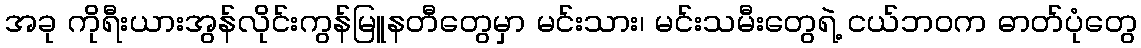
အခု ကိုရီးယားအွန်လိုင်းကွန်မြူနတီတွေမှာ မင်းသား၊ မင်းသမီးတွေရဲ့ ငယ်ဘဝက ဓာတ်ပုံတွေ